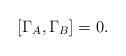
LaTeX: \begin{align*}[\Gamma_{A}, \Gamma_{B}]=0.\end{align*}